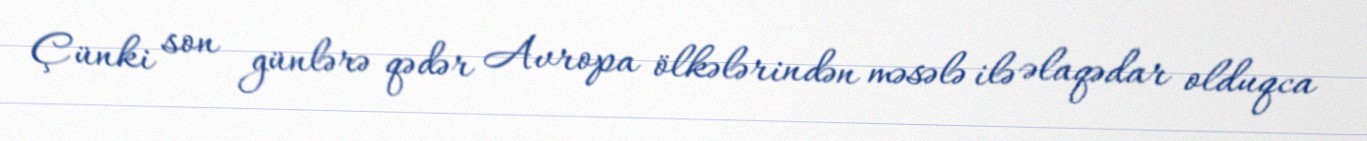
Çünki son günlərə qədər Avropa ölkələrindən məsələ ilə əlaqədar olduqca